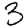
Digit: 3